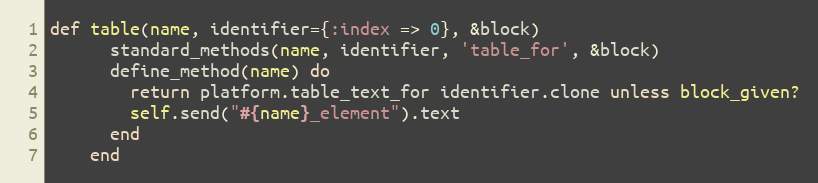
Language: Ruby
def table(name, identifier={:index => 0}, &block)
      standard_methods(name, identifier, 'table_for', &block)
      define_method(name) do
        return platform.table_text_for identifier.clone unless block_given?
        self.send("#{name}_element").text
      end
    end